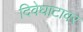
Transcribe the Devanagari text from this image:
दिवेघाटावर